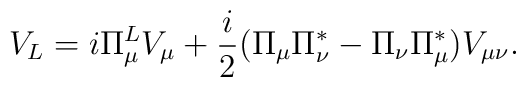
V_{L} = i \Pi_{\mu}^{L} V_{\mu} + \frac{i}{2}  (\Pi_{\mu} \Pi_{\nu}^{*} - \Pi_{\nu} \Pi_{\mu}^{*}) V_{\mu \nu} .